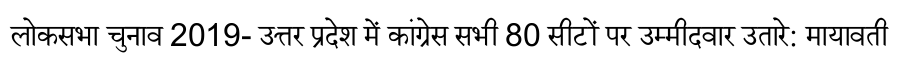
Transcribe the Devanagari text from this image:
लोकसभा चुनाव 2019- उत्तर प्रदेश में कांग्रेस सभी 80 सीटों पर उम्मीदवार उतारे: मायावती